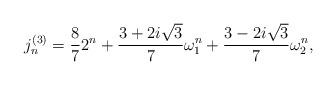
LaTeX: \begin{align*}j_{n}^{(3)}=\frac{8}{7}2^{n}+\frac{3+2i\sqrt{3}}{7}\omega_{1}^{n}+\frac{3-2i\sqrt{3}}{7}\omega_{2}^{n},\end{align*}